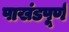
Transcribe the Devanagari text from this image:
पाखंडपूर्ण